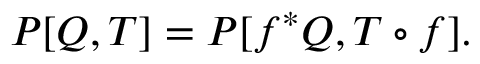
{ \cal P } [ Q , T ] = { \cal P } [ f ^ { * } Q , T \circ f ] .